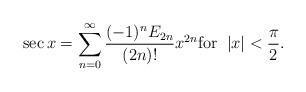
LaTeX: \begin{align*}\sec{x}=\sum_{n=0}^{\infty}\frac{(-1)^nE_{2n}}{(2n)!}x^{2n} \mbox{for} \;\;|x|<\frac{\pi}{2}.\end{align*}